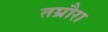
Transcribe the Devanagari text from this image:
तम्रौरा